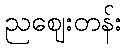
ညဈေးတန်း